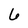
Character: 6